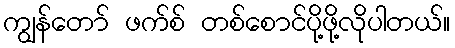
ကျွန်တော် ဖက်စ် တစ်စောင်ပို့ဖို့လိုပါတယ်။